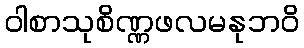
ဝါစာသုစိဏ္ဏဖလမနုဘဝိ